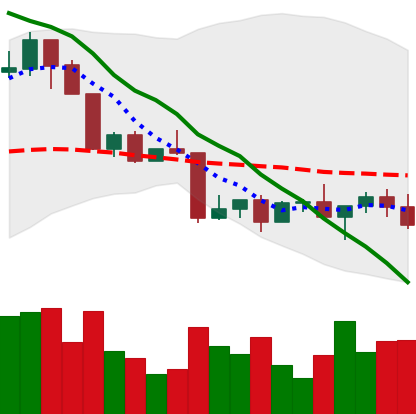
Ticker: LINK-USD
Chart end date: 2022-04-21
Forward return: -9.082%
Label: down_7plus